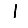
Digit: 1